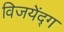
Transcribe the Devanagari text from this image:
विजयेंद्ग